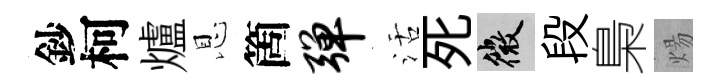
鈔柯爐恩箇弹活死微段梟煬